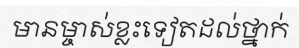
មានម្ចាស់ខ្លះទៀតដល់ថ្នាក់